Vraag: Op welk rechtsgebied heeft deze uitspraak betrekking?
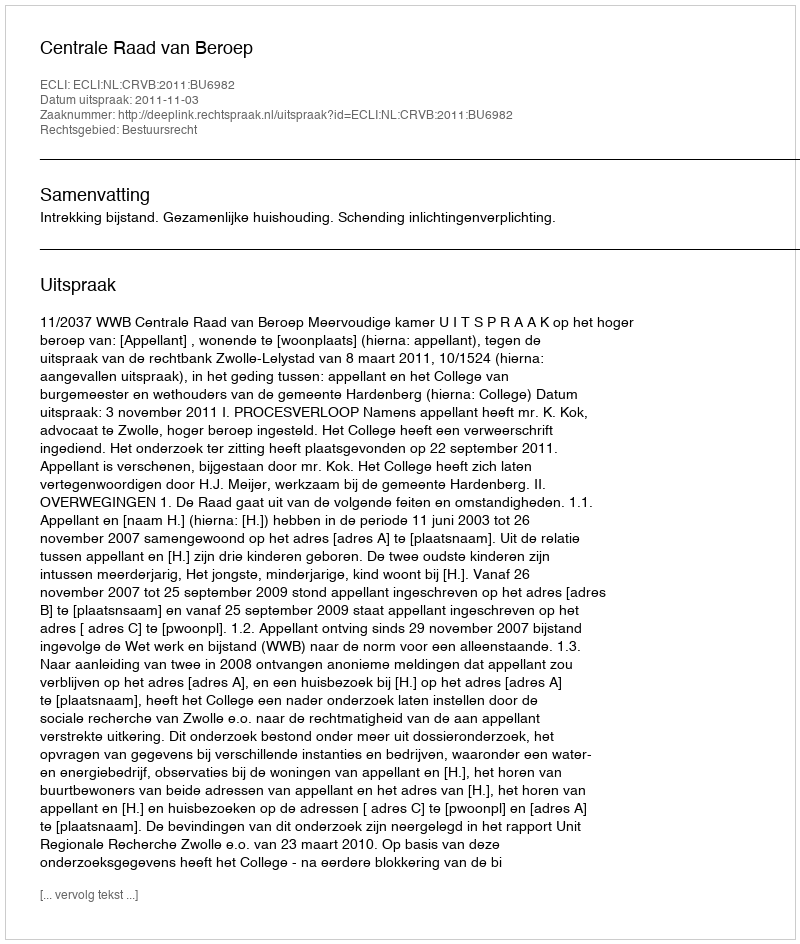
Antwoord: Bestuursrecht